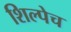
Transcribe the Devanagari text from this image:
शिल्पेच